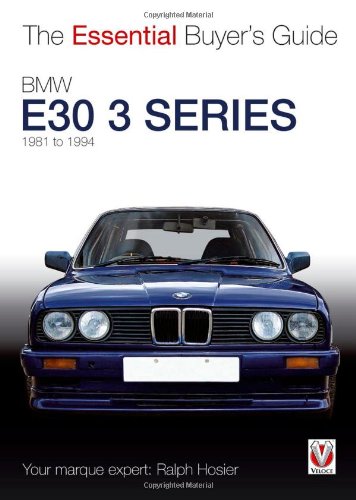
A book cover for BMW E30 3 Series: 1981 to 1994 (Essential Buyer's Guide); Ralph Hosier; Engineering & Transportation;